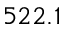
5 2 2 . 1